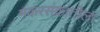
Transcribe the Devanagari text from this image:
मकरसंक्रांतीला